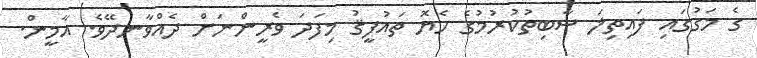
ގެ މަގުގައި ފައިތިލަ ސާބިތުކުރުމުގެ ހެޔޮ ތައުފީޤު މިފަދަ ވެރީންނަށް ދެއްވާނދޭވެ. އާމީން.